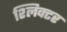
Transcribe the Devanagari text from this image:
श्लिक्टर